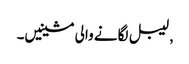
, لیبل لگانے والی مشینیں۔